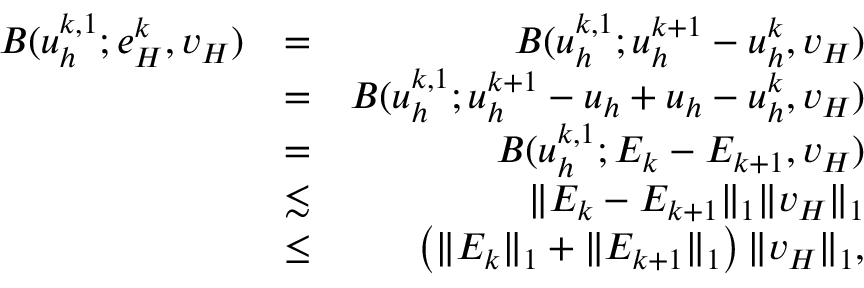
\begin{array} { r l r } { B ( u _ { h } ^ { k , 1 } ; e _ { H } ^ { k } , v _ { H } ) } & { = } & { B ( u _ { h } ^ { k , 1 } ; u _ { h } ^ { k + 1 } - u _ { h } ^ { k } , v _ { H } ) } \\ & { = } & { B ( u _ { h } ^ { k , 1 } ; u _ { h } ^ { k + 1 } - u _ { h } + u _ { h } - u _ { h } ^ { k } , v _ { H } ) } \\ & { = } & { B ( u _ { h } ^ { k , 1 } ; E _ { k } - E _ { k + 1 } , v _ { H } ) } \\ & { \lesssim } & { \| E _ { k } - E _ { k + 1 } \| _ { 1 } \| v _ { H } \| _ { 1 } } \\ & { \leq } & { \left( \| E _ { k } \| _ { 1 } + \| E _ { k + 1 } \| _ { 1 } \right) \| v _ { H } \| _ { 1 } , } \end{array}